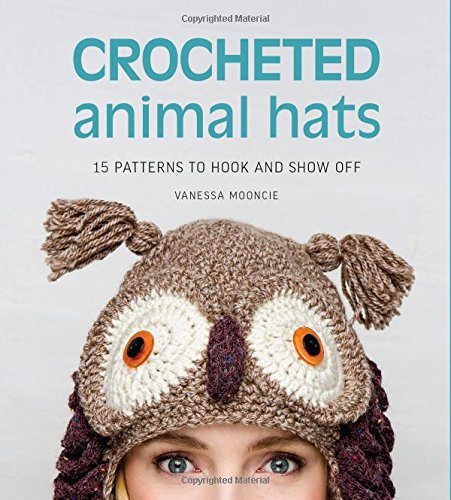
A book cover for Crocheted Animal Hats: 15 patterns to hook and show off; Vanessa Mooncie; Crafts, Hobbies & Home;